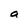
Character: a